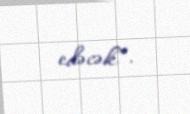
edəcək”.